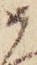
如